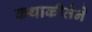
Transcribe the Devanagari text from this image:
कथाकीर्तने